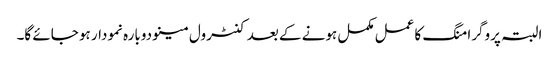
البتہ پروگرامنگ کا عمل مکمل ہونے کے بعد کنٹرول مینو دوبارہ نمودار ہو جائے گا۔